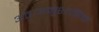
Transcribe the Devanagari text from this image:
अंतःअनुशासिक